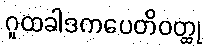
ဂူထခါဒကပေတိဝတ္ထု